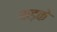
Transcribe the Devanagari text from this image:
कड़के